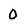
Character: 0